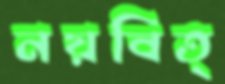
নয়বিত্